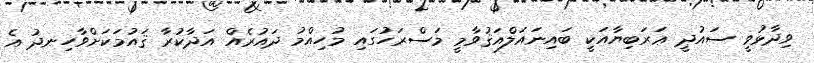
ވިދާޅުވީ ސައުދީ ޢަރަބިޔާއަކީ ބައިނައަލްއަޤުވާމީ މަސްރަހުގައި މުހިއްމު ދައުރެއް އަދާކުރާ ޤައުމަކަށްވާހިނދު އެ